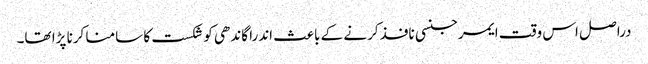
دراصل اس وقت ایمرجنسی نافذ کرنے کے باعث اندرا گاندھی کو شکست کا سامنا کرنا پڑا تھا۔